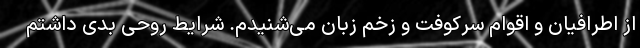
از اطرافیان و اقوام سرکوفت و زخم زبان می‌شنیدم. شرایط روحی بدی داشتم